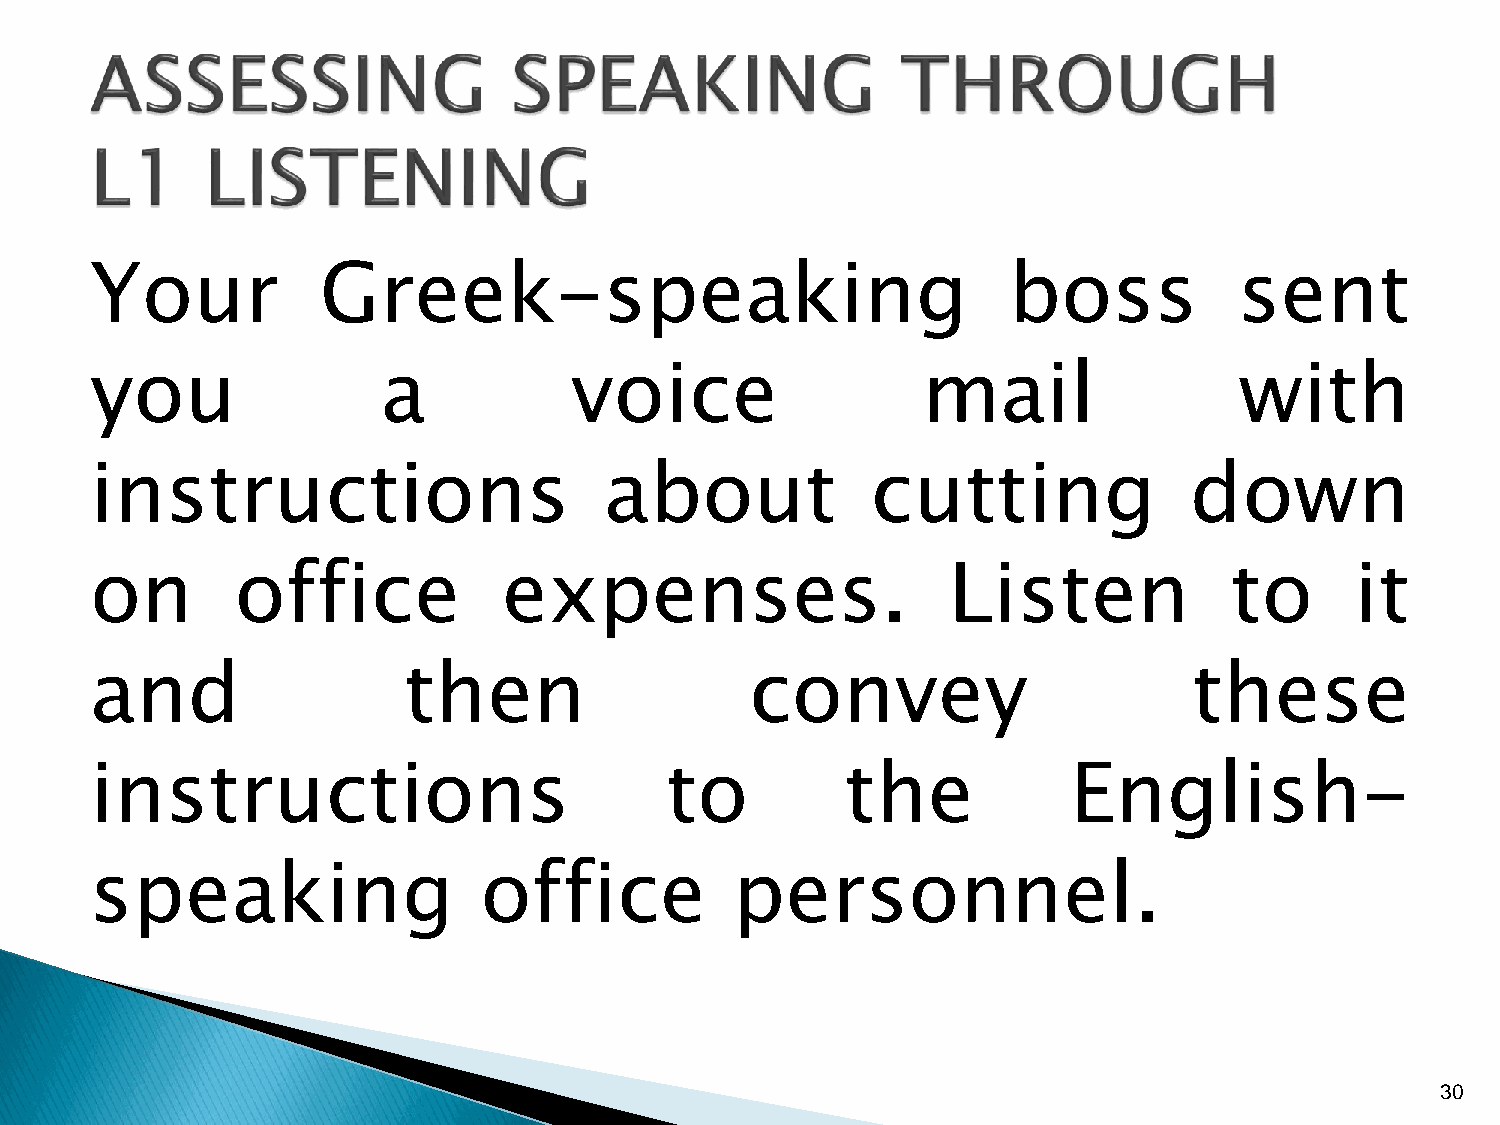
Your           Greek-speaking                                boss           sent
 you                a            voice                  mail                 with
 instructions                      about             cutting              down
 on        office           expenses.                     Listen            to       it
 and                  then                   convey                       these
 instructions                          to          the            English-
 speaking                  office           personnel.
 30